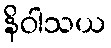
နိဝါသယ